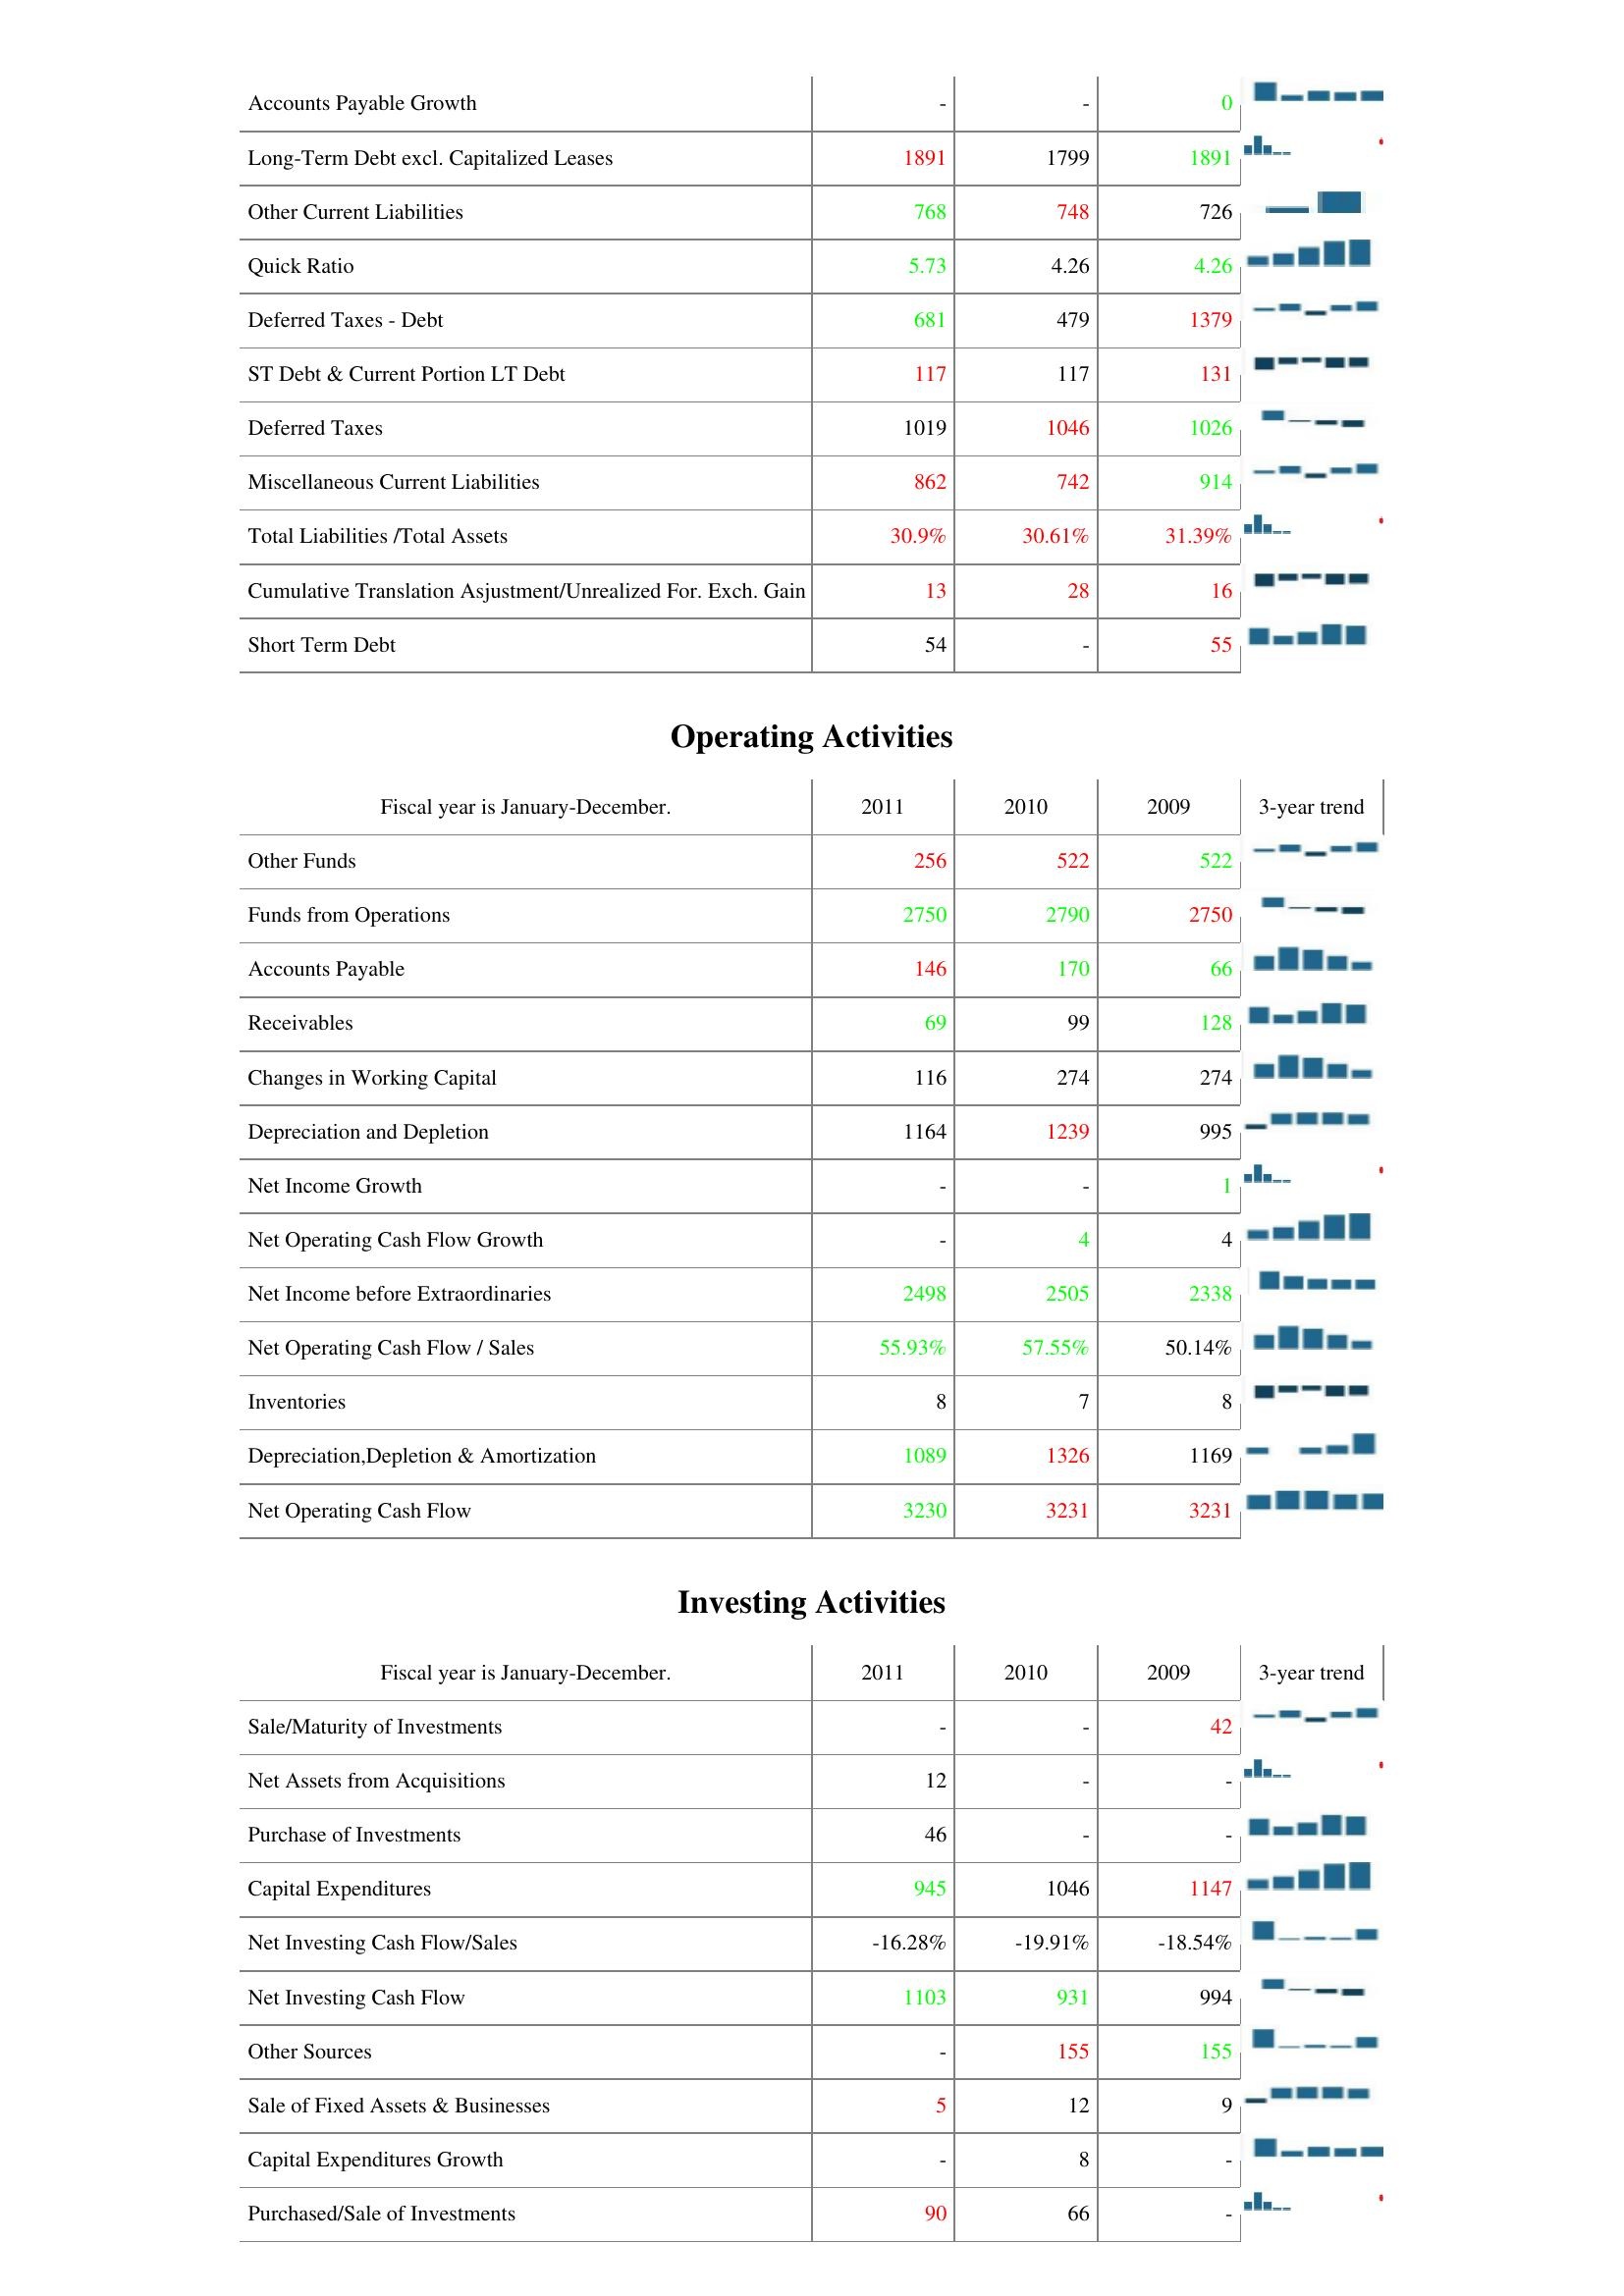
2011: Liabilities & Shareholder's Equity: Accounts Payable Growth: -
Long-Term Debt excl. Capitalized Leases: 1891
Other Current Liabilities: 768
Quick Ratio: 5.73
Deferred Taxes - Debt: 681
ST Debt & Current Portion LT Debt: 117
Deferred Taxes: 1019
Miscellaneous Current Liabilities: 862
Total Liabilities /Total Assets: 30.9%
Cumulative Translation Asjustment/Unrealized For. Exch. Gain: 13
Short Term Debt: 54
Operating Activities: Other Funds: 256
Funds from Operations: 2750
Accounts Payable: 146
Receivables: 69
Changes in Working Capital: 116
Depreciation and Depletion: 1164
Net Income Growth: -
Net Operating Cash Flow Growth: -
Net Income before Extraordinaries: 2498
Net Operating Cash Flow / Sales: 55.93%
Inventories: 8
Depreciation,Depletion & Amortization: 1089
Net Operating Cash Flow: 3230
Investing Activities: Sale/Maturity of Investments: -
Net Assets from Acquisitions: 12
Purchase of Investments: 46
Capital Expenditures: 945
Net Investing Cash Flow/Sales: -16.28%
Net Investing Cash Flow: 1103
Other Sources: -
Sale of Fixed Assets & Businesses: 5
Capital Expenditures Growth: -
Purchased/Sale of Investments: 90
2010: Liabilities & Shareholder's Equity: Accounts Payable Growth: -
Long-Term Debt excl. Capitalized Leases: 1799
Other Current Liabilities: 748
Quick Ratio: 4.26
Deferred Taxes - Debt: 479
ST Debt & Current Portion LT Debt: 117
Deferred Taxes: 1046
Miscellaneous Current Liabilities: 742
Total Liabilities /Total Assets: 30.61%
Cumulative Translation Asjustment/Unrealized For. Exch. Gain: 28
Short Term Debt: -
Operating Activities: Other Funds: 522
Funds from Operations: 2790
Accounts Payable: 170
Receivables: 99
Changes in Working Capital: 274
Depreciation and Depletion: 1239
Net Income Growth: -
Net Operating Cash Flow Growth: 4
Net Income before Extraordinaries: 2505
Net Operating Cash Flow / Sales: 57.55%
Inventories: 7
Depreciation,Depletion & Amortization: 1326
Net Operating Cash Flow: 3231
Investing Activities: Sale/Maturity of Investments: -
Net Assets from Acquisitions: -
Purchase of Investments: -
Capital Expenditures: 1046
Net Investing Cash Flow/Sales: -19.91%
Net Investing Cash Flow: 931
Other Sources: 155
Sale of Fixed Assets & Businesses: 12
Capital Expenditures Growth: 8
Purchased/Sale of Investments: 66
2009: Liabilities & Shareholder's Equity: Accounts Payable Growth: 0
Long-Term Debt excl. Capitalized Leases: 1891
Other Current Liabilities: 726
Quick Ratio: 4.26
Deferred Taxes - Debt: 1379
ST Debt & Current Portion LT Debt: 131
Deferred Taxes: 1026
Miscellaneous Current Liabilities: 914
Total Liabilities /Total Assets: 31.39%
Cumulative Translation Asjustment/Unrealized For. Exch. Gain: 16
Short Term Debt: 55
Operating Activities: Other Funds: 522
Funds from Operations: 2750
Accounts Payable: 66
Receivables: 128
Changes in Working Capital: 274
Depreciation and Depletion: 995
Net Income Growth: 1
Net Operating Cash Flow Growth: 4
Net Income before Extraordinaries: 2338
Net Operating Cash Flow / Sales: 50.14%
Inventories: 8
Depreciation,Depletion & Amortization: 1169
Net Operating Cash Flow: 3231
Investing Activities: Sale/Maturity of Investments: 42
Net Assets from Acquisitions: -
Purchase of Investments: -
Capital Expenditures: 1147
Net Investing Cash Flow/Sales: -18.54%
Net Investing Cash Flow: 994
Other Sources: 155
Sale of Fixed Assets & Businesses: 9
Capital Expenditures Growth: -
Purchased/Sale of Investments: -